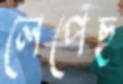
লেপেছ